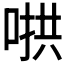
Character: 𫪵